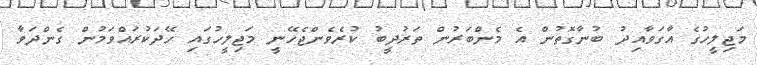
މަޖިލީހުގެ އާގަވާއިދު ބުނާގޮތުން އެ މެންބަރުން ތަރުދީބު ކުރެވެންޖެހޭނީ މަޖިލީހުގައި ހޭދަކުރައްވަމުން ގެންދަވާ